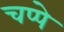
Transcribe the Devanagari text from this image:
चप्पे